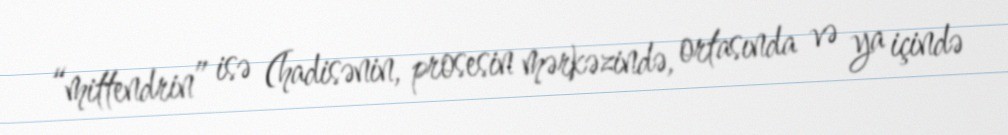
“mittendrin” isə (hadisənin, prosesin mərkəzində, ortasında və ya içində